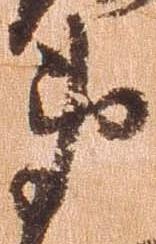
衛